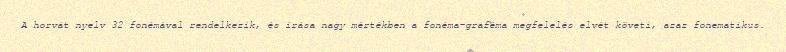
A horvát nyelv 32 fonémával rendelkezik, és írása nagy mértékben a fonéma-graféma megfelelés elvét követi, azaz fonematikus.